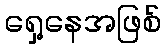
ရှေ့နေအဖြစ်